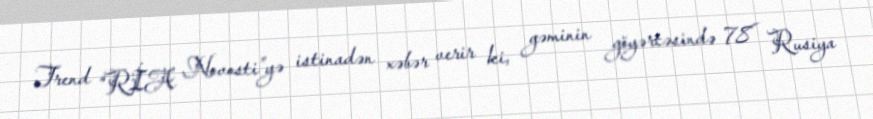
Trend “RİA Novosti”yə istinadən xəbər verir ki, gəminin göyərtəsində 78 Rusiya